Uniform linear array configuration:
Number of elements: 4
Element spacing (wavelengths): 1
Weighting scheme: cosine
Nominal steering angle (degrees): -60
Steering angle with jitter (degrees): -58.014
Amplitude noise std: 0.05
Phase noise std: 0.05

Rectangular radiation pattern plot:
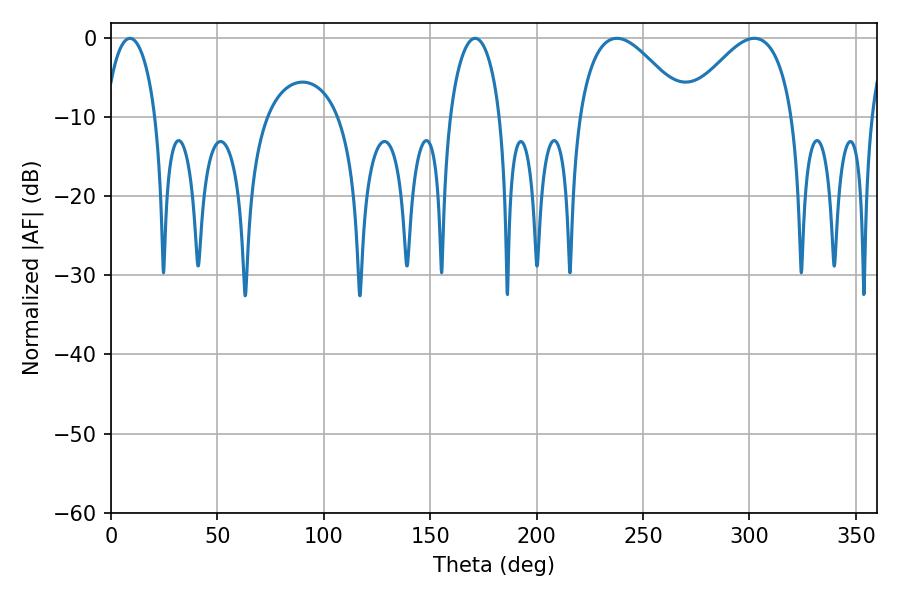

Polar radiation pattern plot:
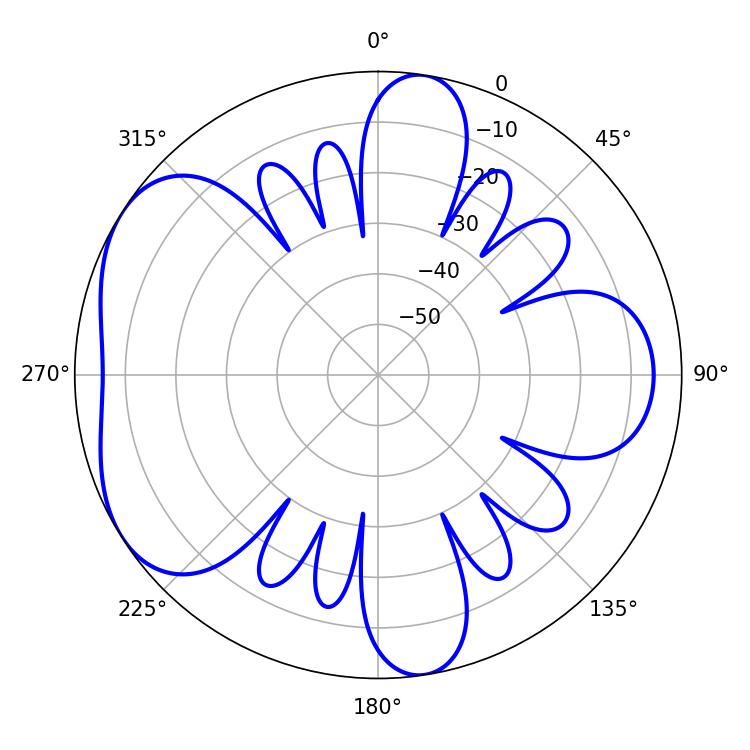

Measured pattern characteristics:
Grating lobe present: TRUE
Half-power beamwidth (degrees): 27.54
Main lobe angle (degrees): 237.78